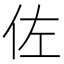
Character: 佐